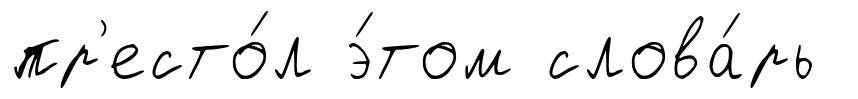
пр'есто́л э́том слова́рь